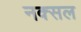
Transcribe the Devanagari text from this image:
नक्‍सल